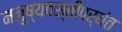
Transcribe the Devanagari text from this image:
मनुष्यवस्तीपर्यंत